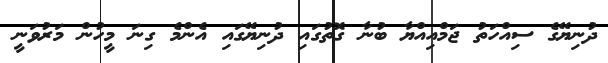
ދުނިޔޭގެ ސިއްހަތު ޖަމްއިއްޔާ ބުނާ ގޮތުގައި ދުނިޔޭގައި އެންމެ ގިނަ މީހުން މަރުވަނީ